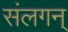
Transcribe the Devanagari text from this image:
संलगन्